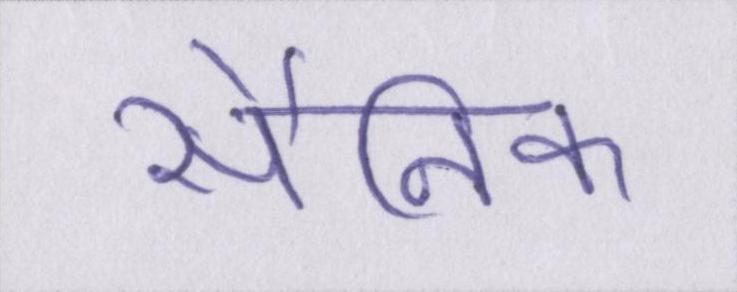
सैनिक